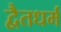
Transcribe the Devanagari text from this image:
द्वैतधर्म